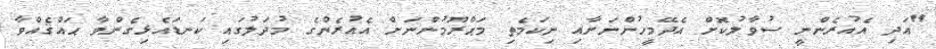
"އަދި އެއުރެންނީ ސުވާލުކޮށް އެދޭމީހުންނަށާއި ނިކަމެތި މަޙްރޫމުންނަށް އެއުރެންގެ މުދަލުގައި ކަނޑައެޅިގެންވާ ޙައްޤެއްވާ